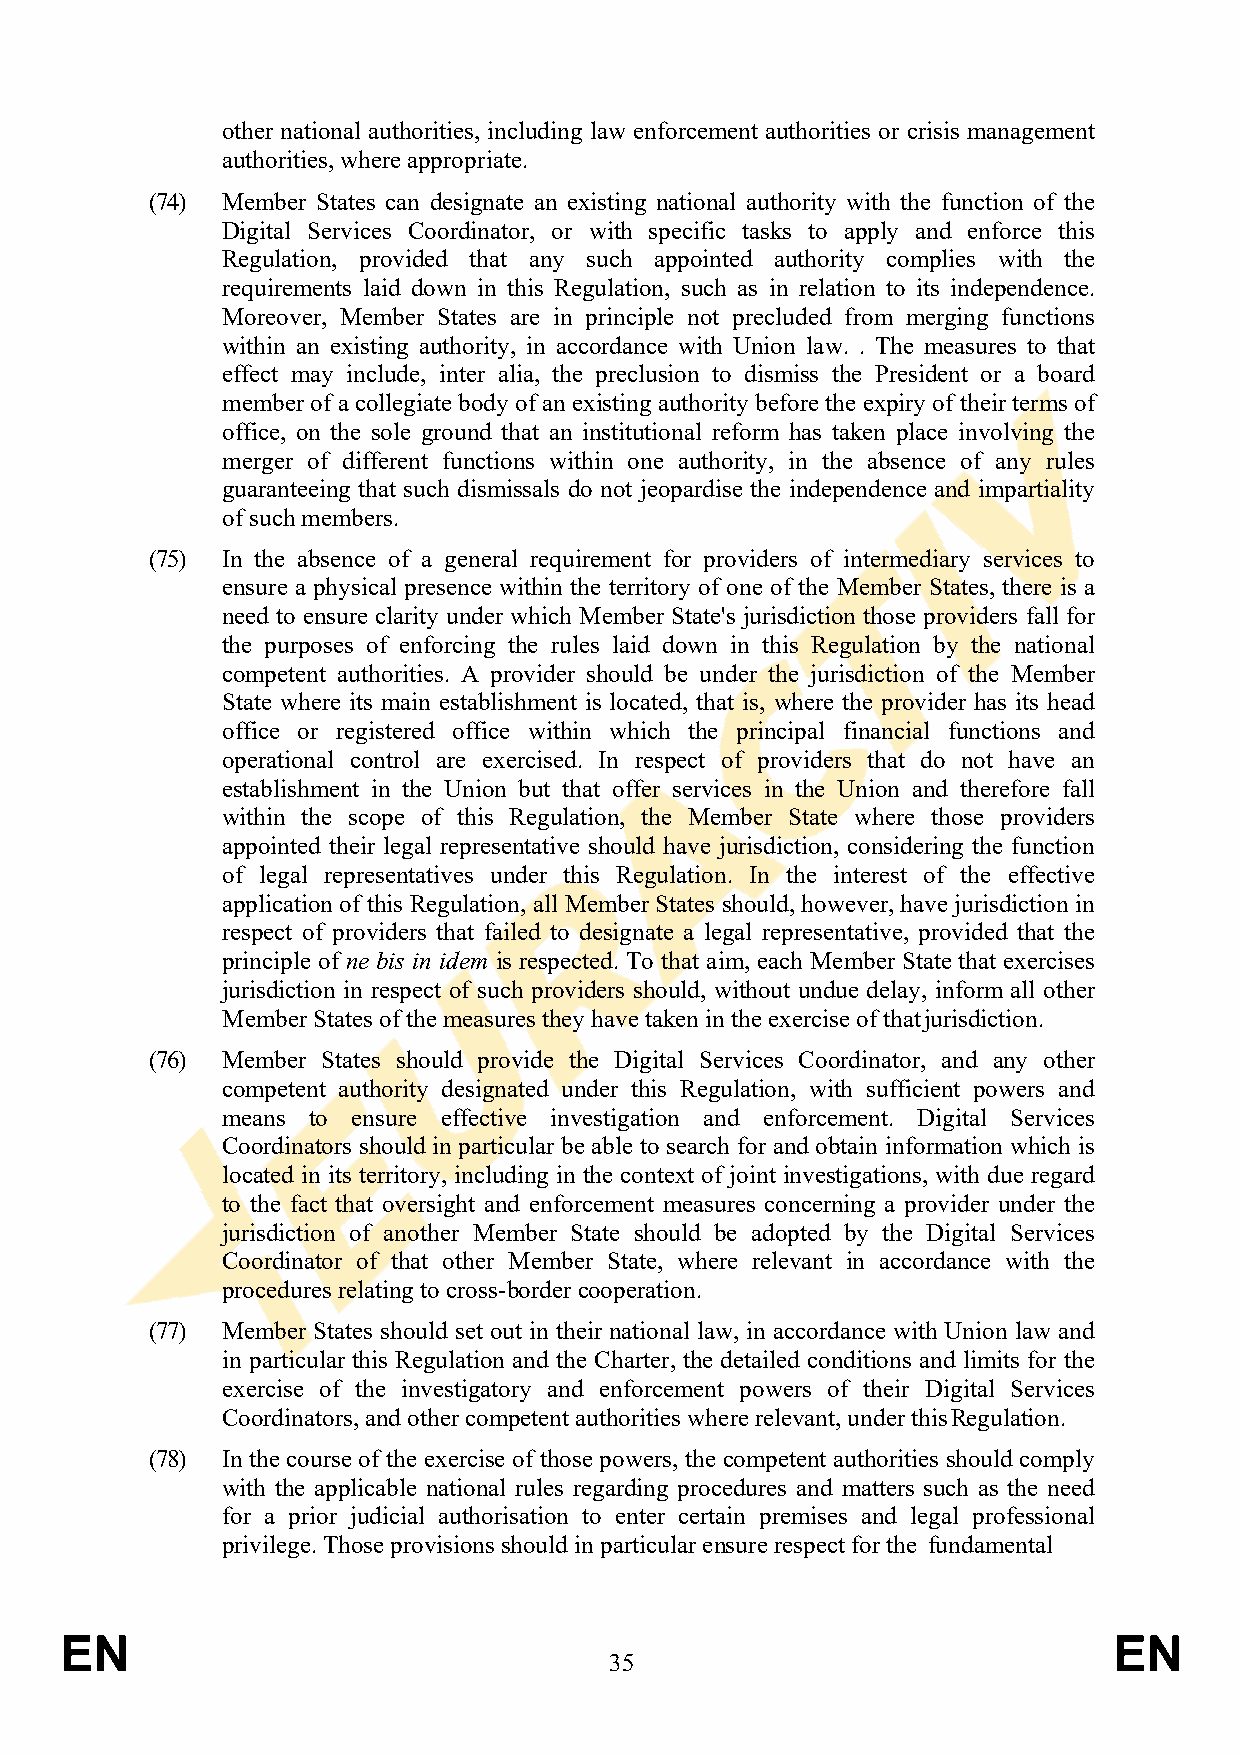
other national authorities, including law enforcement authorities or crisis management
 authorities, where appropriate.
 (74) Member States can designate an existing national authority with the function of the
 Digital Services Coordinator, or with specific tasks to apply and enforce this
 Regulation, provided that any such appointed authority complies with the
 requirements laid down in this Regulation, such as in relation to its independence.
 Moreover, Member States are in principle not precluded from merging functions
 within an existing authority, in accordance with Union law. . The measures to that
 effect may include, inter alia, the preclusion to dismiss the President or a board
 member of a collegiate body of an existing authority before the expiry of their terms of
 office, on the sole ground that an institutional reform has taken place involving the
 merger of different functions within one authority, in the absence of any rules
 guaranteeing that such dismissals do not jeopardise the independence and impartiality
 of such members.
 (75) In the absence of a general requirement for providers of intermediary services to
 ensure a physical presence within the territory of one of the Member States, there is a
 need to ensure clarity under which Member State's jurisdiction those providers fall for
 the purposes of enforcing the rules laid down in this Regulation by the national
 competent authorities. A provider should be under the jurisdiction of the Member
 State where its main establishment is located, that is, where the provider has its head
 office or registered office within which the principal financial functions and
 operational control are exercised. In respect of providers that do not have an
 establishment in the Union but that offer services in the Union and therefore fall
 within the scope of this Regulation, the Member State where those providers
 appointed their legal representative should have jurisdiction, considering the function
 of legal representatives under this Regulation. In the interest of the effective
 application of this Regulation, all Member States should, however, have jurisdiction in
 respect of providers that failed to designate a legal representative, provided that the
 principle of ne bis in idem is respected. To that aim, each Member State that exercises
 jurisdiction in respect of such providers should, without undue delay, inform all other
 Member States of the measures they have taken in the exercise of that jurisdiction.
 (76) Member States should provide the Digital Services Coordinator, and any other
 competent authority designated under this Regulation, with sufficient powers and
 means to ensure effective investigation and enforcement. Digital Services
 Coordinators should in particular be able to search for and obtain information which is
 located in its territory, including in the context of joint investigations, with due regard
 to the fact that oversight and enforcement measures concerning a provider under the
 jurisdiction of another Member State should be adopted by the Digital Services
 Coordinator of that other Member State, where relevant in accordance with the
 procedures relating to cross-border cooperation.
 (77) Member States should set out in their national law, in accordance with Union law and
 in particular this Regulation and the Charter, the detailed conditions and limits for the
 exercise of the investigatory and enforcement powers of their Digital Services
 Coordinators, and other competent authorities where relevant, under this Regulation.
 (78) In the course of the exercise of those powers, the competent authorities should comply
 with the applicable national rules regarding procedures and matters such as the need
 for a prior judicial authorisation to enter certain premises and legal professional
 privilege. Those provisions should in particular ensure respect for the fundamental
 EN                                                                    EN
 35